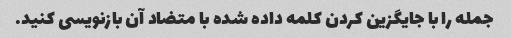
جمله را با جایگزین کردن کلمه داده شده با متضاد آن بازنویسی کنید.